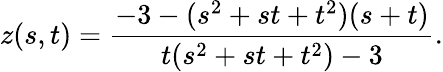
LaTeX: z(s,t)={\frac{-3-(s^{2}+st+t^{2})(s+t)}{t(s^{2}+st+t^{2})-3}}.